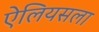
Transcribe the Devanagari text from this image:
ऐलियसला